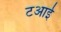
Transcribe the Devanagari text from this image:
टआई